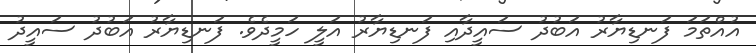
އުއްތަމަ ފަނޑިޔާރު އަބުދު ސައީދާއި ފަނޑިޔާރު އަލީ ހަމީދެވެ. ފަނޑިޔާރު އަބުދު ސައީދު